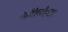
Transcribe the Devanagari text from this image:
ऐसीटेल्डीहाइड